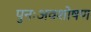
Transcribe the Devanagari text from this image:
पुनःअवशोषण